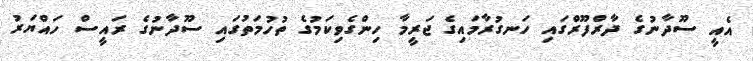
އެއީ ސޫދާނުގެ ދާރްފޫރްގައި ހަނގުރާމައިގެ ޖަރީމާ ހިންގެވިކަމުގެ ތުހުމަތުގައި ސޫދާނުގެ ރައީސް ހައްޔަރު